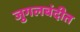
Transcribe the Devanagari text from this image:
जुगलबंदीत